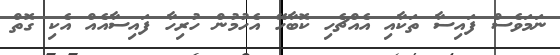
ނަމަވެސް ފައިސާ ތަކާއި އެއްޗެހި ކޮބާހޭ އެހުމުން ހުރިހާ ފައިސާއެއް އެކި ގޮތް